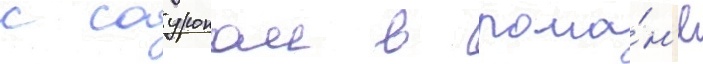
с сауроном в рома́н'е